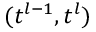
( t ^ { l - 1 } , t ^ { l } )